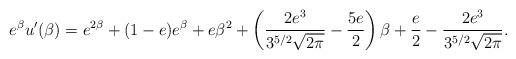
LaTeX: \begin{align*}e^{\beta}u'(\beta) = e^{2\beta} + (1-e)e^{\beta} + e\beta^2 + \left(\frac{2e^3}{3^{5/2}\sqrt{2\pi}}-\frac{5e}{2}\right)\beta + \frac{e}{2} - \frac{2e^3}{3^{5/2}\sqrt{2\pi}}.\end{align*}